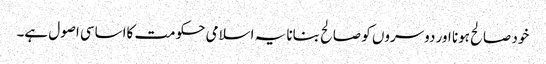
خود صالح ہونا اور دوسروں کو صالح بنانا یہ اسلامی حکومت کااساسی اصول ہے۔